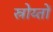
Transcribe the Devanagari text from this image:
स्रोय्तों